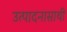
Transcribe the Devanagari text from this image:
उत्पादनासाथी